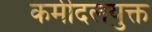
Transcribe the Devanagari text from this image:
कर्मीदलयुक्त